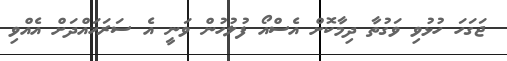
ޖަގަހަ ހުޅުވި ވަގުތާ ދިމާކޮށް އެސްއޯ ފުލުހުން ވަނީ އެ ސަރަހައްދަށް އެއްވި